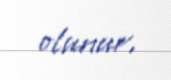
olunur.